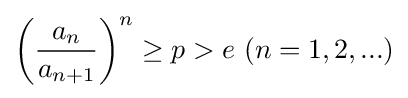
\left({\frac {a_{n}}{a_{n+1}}}\right)^{n}\geq p>e\ (n=1,2,...)